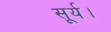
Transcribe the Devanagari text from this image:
सूर्य।